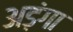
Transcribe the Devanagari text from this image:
अड़ंगा